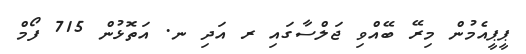
ޕީޕީއެމުން މިރޭ ބޭއްވި ޖަލްސާގައި ރ އަދި ނ. އަތޮޅުން 715 ފޯމް